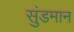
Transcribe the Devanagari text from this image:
सुंडमान